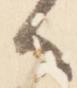
候